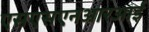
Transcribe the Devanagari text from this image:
एसएसएनआरआई